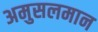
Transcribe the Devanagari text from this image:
अमुसलमान